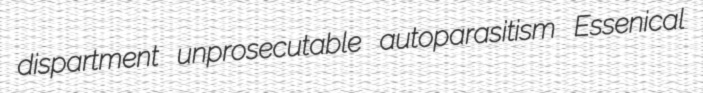
dispartment unprosecutable autoparasitism Essenical